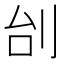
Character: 刣